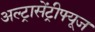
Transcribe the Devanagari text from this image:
अल्ट्रासेंट्रीफ्यूज